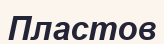
Пластов